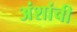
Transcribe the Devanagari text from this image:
अंशांची